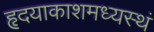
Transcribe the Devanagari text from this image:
हृदयाकाशमध्यस्थं